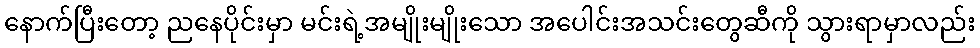
နောက်ပြီးတော့ ညနေပိုင်းမှာ မင်းရဲ့အမျိုးမျိုးသော အပေါင်းအသင်းတွေဆီကို သွားရာမှာလည်း